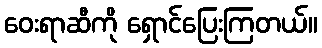
ဝေးရာဆီကို ရှောင်ပြေးကြတယ်။